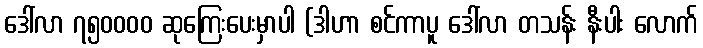
ဒေါ်လာ ၇၅၀၀၀၀ ဆုကြေးပေးမှာပါ (ဒါဟာ စင်ကာပူ ဒေါ်လာ တသန်း နီးပါး လောက်